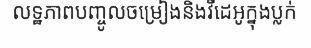
លទ្ឋភាពបញ្ចូលចម្រៀងនិងវីដេអូក្នុងប្លក់